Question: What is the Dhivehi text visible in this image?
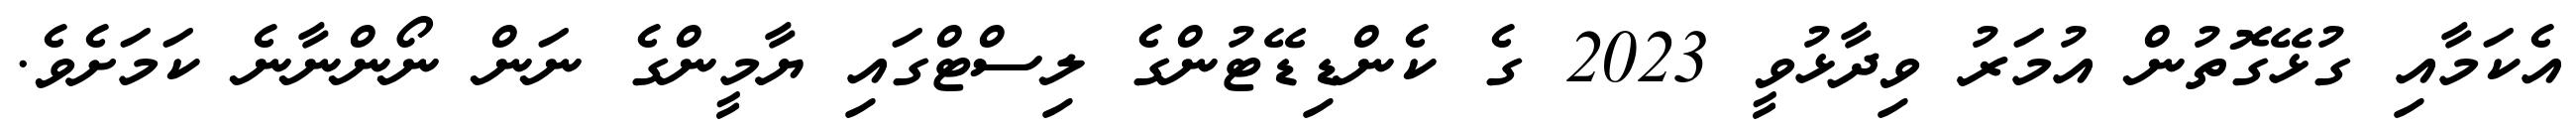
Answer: އެކަމާއި ގުޅޭގޮތުން އުމަރު ވިދާޅުވީ 2023 ގެ ކެންޑިޑޭޓުންގެ ލިސްޓްގައި ޔާމީންގެ ނަން ނޯންނާނެ ކަމަށެވެ.